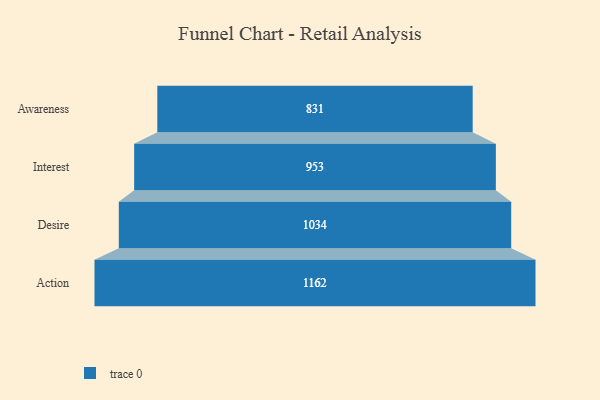
{"axis": {"x": "Stage", "y": "Value"}, "legend": [""], "data": [{"x": "Awareness", "y": 831.0, "type": ""}, {"x": "Interest", "y": 953.0, "type": ""}, {"x": "Desire", "y": 1034.0, "type": ""}, {"x": "Action", "y": 1162.0, "type": ""}]}